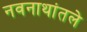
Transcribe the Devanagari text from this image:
नवनाथांतले